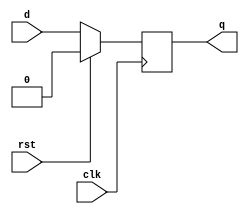
module dff (
  input wire clk,
  input wire d,
  input wire rst,
  output reg q
);

always @ (posedge clk) begin
  if (rst) begin
    q <= 1'b0;
  end else begin
    q <= d;
  end
end

endmodule